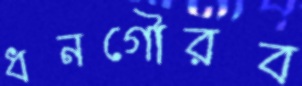
ধনগৌরব